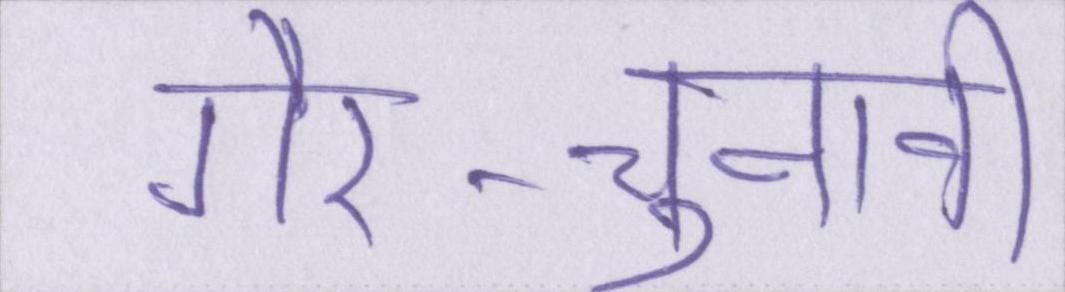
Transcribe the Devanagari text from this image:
गैर-चुनावी